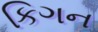
કિગન